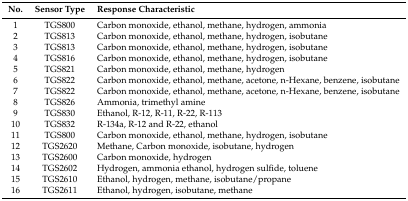
<table><thead><tr><td><b>No.</b></td><td><b>Sensor Type</b></td><td><b>Response Characteristic</b></td></tr></thead><tbody><tr><td>1</td><td>TGS800</td><td>Carbon monoxide, ethanol, methane, hydrogen, ammonia</td></tr><tr><td>2</td><td>TGS813</td><td>Carbon monoxide, ethanol, methane, hydrogen, isobutane</td></tr><tr><td>3</td><td>TGS813</td><td>Carbon monoxide, ethanol, methane, hydrogen, isobutane</td></tr><tr><td>4</td><td>TGS816</td><td>Carbon monoxide, ethanol, methane, hydrogen, isobutane</td></tr><tr><td>5</td><td>TGS821</td><td>Carbon monoxide, ethanol, methane, hydrogen</td></tr><tr><td>6</td><td>TGS822</td><td>Carbon monoxide, ethanol, methane, acetone, n-Hexane, benzene, isobutane</td></tr><tr><td>7</td><td>TGS822</td><td>Carbon monoxide, ethanol, methane, acetone, n-Hexane, benzene, isobutane</td></tr><tr><td>8</td><td>TGS826</td><td>Ammonia, trimethyl amine</td></tr><tr><td>9</td><td>TGS830</td><td>Ethanol, R-12, R-11, R-22, R-113</td></tr><tr><td>10</td><td>TGS832</td><td>R-134a, R-12 and R-22, ethanol</td></tr><tr><td>11</td><td>TGS800</td><td>Carbon monoxide, ethanol, methane, hydrogen, isobutane</td></tr><tr><td>12</td><td>TGS2620</td><td>Methane, Carbon monoxide, isobutane, hydrogen</td></tr><tr><td>13</td><td>TGS2600</td><td>Carbon monoxide, hydrogen</td></tr><tr><td>14</td><td>TGS2602</td><td>Hydrogen, ammonia ethanol, hydrogen sulfide, toluene</td></tr><tr><td>15</td><td>TGS2610</td><td>Ethanol, hydrogen, methane, isobutane/propane</td></tr><tr><td>16</td><td>TGS2611</td><td>Ethanol, hydrogen, isobutane, methane</td></tr></tbody></table>